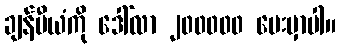
ချန်ပီယံကို ဒေါ်လာ ၂၀၀၀၀၀ ပေးမှာပါ။